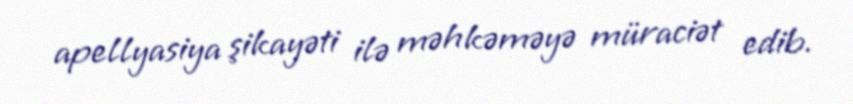
apellyasiya şikayəti ilə məhkəməyə müraciət edib.